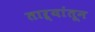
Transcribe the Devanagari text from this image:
ताऱ्यांतून